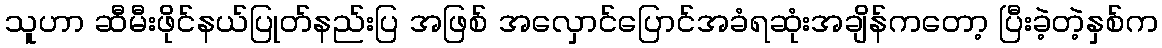
သူဟာ ဆီမီးဖိုင်နယ်ပြုတ်နည်းပြ အဖြစ် အလှောင်ပြောင်အခံရဆုံးအချိန်ကတော့ ပြီးခဲ့တဲ့နှစ်က